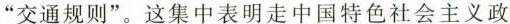
”交通规则”。这集中表明走中国特色社会主义政